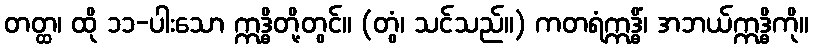
တတ္ထ၊ ထို ၁၁-ပါးသော ဣဒ္ဓိတို့တွင်။ (တွံ၊ သင်သည်။) ကတရံဣဒ္ဓိံ၊ အဘယ်ဣဒ္ဓိကို။